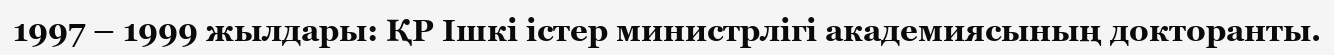
1997 – 1999 жылдары: ҚР Ішкі істер министрлігі академиясының докторанты.